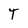
Character: T